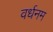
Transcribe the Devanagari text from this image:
वर्धनम